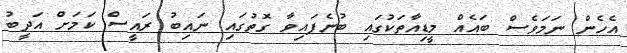
އެހެން ނަމަވެސް ބައެއް މީޑިއާތަކުގައި ބުނެފައިވާ ގޮތުގައި ނައިބު ރައީސް ކަމަށް އަދީބު